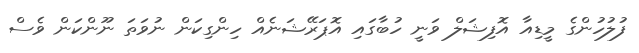
ފުލުހުންގެ މީޑިއާ އޮފިޝަލް ވަނީ ހުބާގައި އޮޕަރޭޝަނެއް ހިންގިކަން ނުވަތަ ނޫންކަން ވެސް